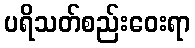
ပရိသတ်စည်းဝေးရာ